system: You are a helpful assistant.
user:
Analyze the provided spectrum to determine if it is a **M-type Giant (gM)**.

A M-type Giant spectrum is defined by its **strong molecular absorption** features, particularly from **Titanium Oxide (TiO)**. You must check for one of the following mutually exclusive signatures:

- **Key Visual Indicators (Absorption-Dominated Spectrum):**

    - **(Primary):** The spectrum is dominated by strong molecular absorption from **Titanium Oxide (TiO)**. This is the **defining feature** of its M-type temperature class.
        - **(Key Bandheads):** Look for sharp, "saw-tooth" absorption valleys. The strongest are located near **~7050 Å**, **~6160 Å**, and **~5170 Å**.
        - **(Line Profile):** The "saw-tooth" morphology is critical: a **sharp, steep drop on the BLUE (short-wavelength) side** of the bandhead, followed by a gradual recovery (rising flux) towards the RED (long-wavelength) side.

    - **(Key Confirmation - Giant vs. Dwarf):** **ABSENCE** of strong **Calcium Hydride (CaH)** molecular bands. This is the primary diagnostic for *excluding* M-dwarfs.
        - **(Key Region):** The spectrum should lack the strong, broad absorption band seen in dwarfs between **~6800 Å and ~7000 Å**.

    - **(Secondary Confirmation - Giant):** A very strong and broad **Neutral Calcium (Ca I)** atomic absorption line.
        - **(Key Line):** Located at **~4226 Å**. In a giant (gM), this line is significantly deeper and broader than the same line in an M-dwarf (dM) due to low surface gravity.

    - **(Overall Spectrum):**
        - The continuum is **extremely red-sloping** (i.e., flux is very low in the blue and rises dramatically towards the red).
        - The entire spectrum appears "chopped up" by the deep TiO bands.

Think first, call **spectral_visualization_tool** if needed to examine features in detail, then provide your final answer. Your response must adhere to the following strict rules:
1.  **Overall Structure:** Your response must follow the format `<think>...</think> <tool_call>...</tool_call> (if a tool is used) <answer>...</answer>`.
2.  **Tool Usage Constraint:** You may only make **one** tool call per turn.
3.  **Final Answer Format:** In the `<answer>` tag, your conclusion must be inside a `\boxed{}` command (e.g., `\boxed{YES}` or `\boxed{NO}`), followed by your justification.

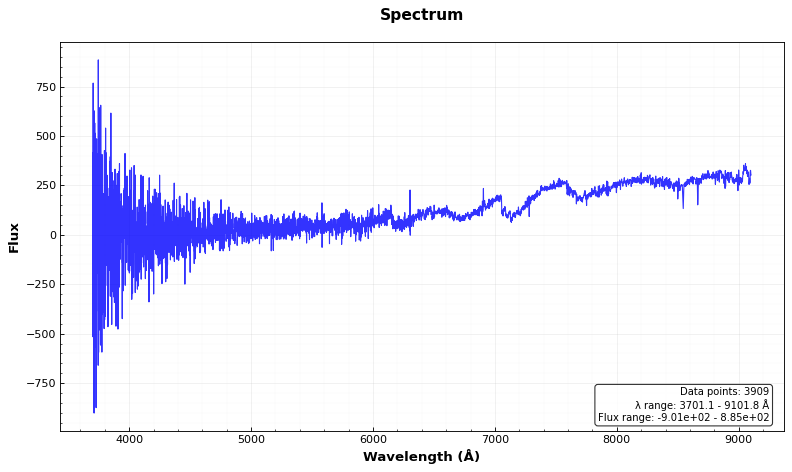
Answer: YES